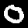
Label: 0